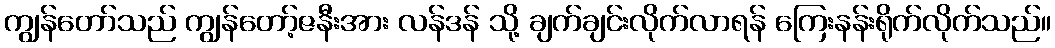
ကျွန်တော်သည် ကျွန်တော့်ဇနီးအား လန်ဒန် သို့ ချက်ချင်းလိုက်လာရန် ကြေးနန်းရိုက်လိုက်သည်။